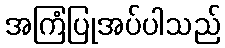
အကြံပြုအပ်ပါသည်